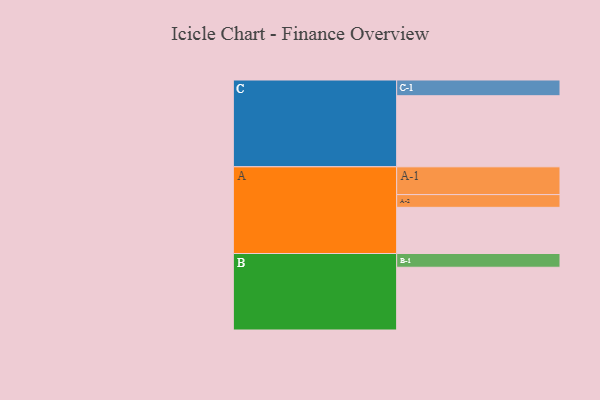
{"axis": {"x": "Segment", "y": "Value"}, "legend": ["", "A", "B", "C"], "data": [{"x": "A", "y": 326, "type": ""}, {"x": "B", "y": 443, "type": ""}, {"x": "C", "y": 502, "type": ""}, {"x": "A-1", "y": 196, "type": "A"}, {"x": "A-2", "y": 90, "type": "A"}, {"x": "B-1", "y": 97, "type": "B"}, {"x": "C-1", "y": 111, "type": "C"}]}